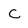
Character: C